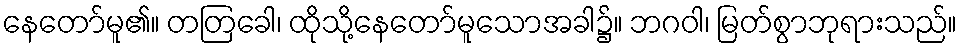
နေတော်မူ၏။ တတြခေါ၊ ထိုသို့နေတော်မူသောအခါ၌။ ဘဂဝါ၊ မြတ်စွာဘုရားသည်။